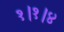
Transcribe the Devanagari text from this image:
१।१।४